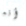
أنه